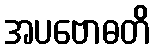
အပဗောဓတိ